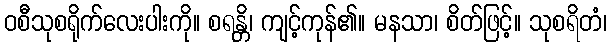
ဝစီသုစရိုက်လေးပါးကို။ စရန္တိ၊ ကျင့်ကုန်၏။ မနသာ၊ စိတ်ဖြင့်။ သုစရိတံ၊